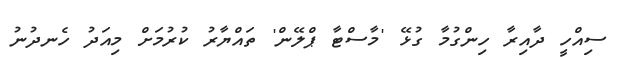
ސިއްހީ ދާއިރާ ހިންގުމާ ގުޅޭ 'މާސްޓާ ޕްލޭން' ތައްޔާރު ކުރުމަށް މިއަދު ހެނދުނު